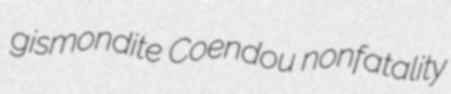
gismondite Coendou nonfatality